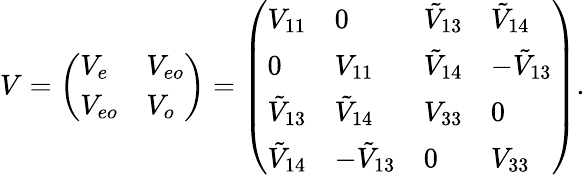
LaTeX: V=\left(\begin{array}{ll}{V_{e}}&{V_{eo}}\\ {V_{eo}}&{V_{o}}\end{array}\right)=\left(\begin{array}{llll}{V_{11}}&{0}&{\tilde{V}_{13}}&{\tilde{V}_{14}}\\ {0}&{V_{11}}&{\tilde{V}_{14}}&{-\tilde{V}_{13}}\\ {\tilde{V}_{13}}&{\tilde{V}_{14}}&{V_{33}}&{0}\\ {\tilde{V}_{14}}&{-\tilde{V}_{13}}&{0}&{V_{33}}\end{array}\right).